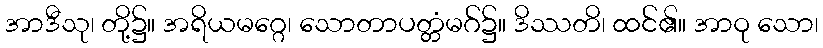
အာဒီသု၊ တို့၌။ အရိယမဂ္ဂေ၊ သောတာပတ္တံမဂ်၌။ ဒိဿတိ၊ ထင်၏။ အာဝု သော၊